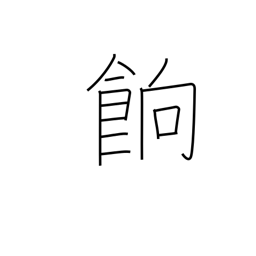
Meaning: (dried) boiled rice